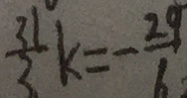
\frac { 3 1 } { 3 } k = - \frac { 2 9 } { 6 }